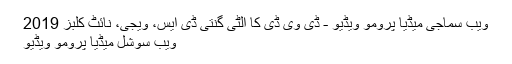
ویب سماجی میڈیا پرومو ویڈیو - ڈی وی ڈی کا الٹی گنتی ڈی ایس، ویجی، نائٹ کلبز 2019
ویب سوشل میڈیا پرومو ویڈیو